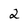
Character: 2